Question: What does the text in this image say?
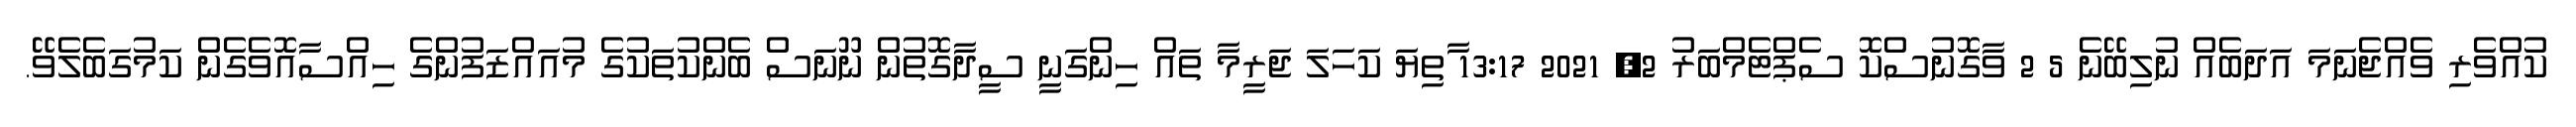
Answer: ކުއްވެރި ވެއްޖެނަމަ އަދަބެއް ނުލިބޭނެ 5 2 ވާގޮނުސްކޮ ސެޕްޓެމްބަރު 2, 2021 13:17 ާތިޔަ ކަހަލަ ޖަރީމާ ތައް ހިންގަނީ ސީދާގޮތުން ނޫނަސް ބެންކުތަކުގެ މުއައްޒަފުންގެ ހިއްސާއޮވެގެން ކަމުގަބެލެވޭ.